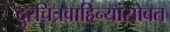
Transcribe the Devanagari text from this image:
दुरचित्रवाहिन्यांसोबत